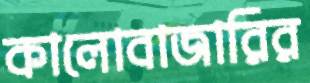
কালোবাজারির